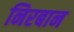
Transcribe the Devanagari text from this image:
निरबान